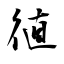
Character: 徝